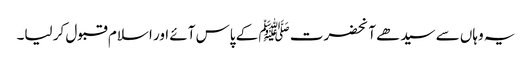
یہ وہاں سے سیدھے آنحضرت ﷺ کے پاس آئے اور اسلام قبول کر لیا۔